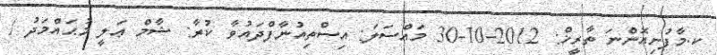
ކ.މާފުށިއޮންނަ ތާރީޚް: 2012-10-30 މައްސަލަ: އިސްތިއުނާފްދައުވާ ކުރާ: ޝާމް ޢަލީ މުޙައްމަދު /